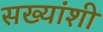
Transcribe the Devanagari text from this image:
सख्यांशी